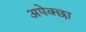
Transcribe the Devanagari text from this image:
अपेक्छा